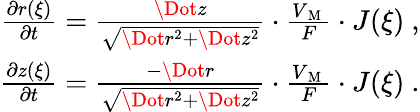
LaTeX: \begin{array}{r}{\frac{\partial r(\xi)}{\partial t}=\frac{\Dot{z}}{\sqrt{\Dot{r}^{2}+\Dot{z}^{2}}}\cdot\frac{V_{\mathrm{~M~}}}{F}\cdot J(\xi)\ ,}\\ {\frac{\partial z(\xi)}{\partial t}=\frac{-\Dot{r}}{\sqrt{\Dot{r}^{2}+\Dot{z}^{2}}}\cdot\frac{V_{\mathrm{~M~}}}{F}\cdot J(\xi)\ .}\end{array}